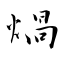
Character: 煱